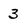
Character: 3